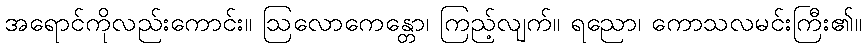
အရောင်ကိုလည်းကောင်း။ ဩလောကေန္တော၊ ကြည့်လျက်။ ရညော၊ ကောသလမင်းကြီး၏။